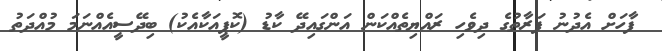
ފާހަށް އެދުނު ފަރާތުގެ ދިވެހި ރައްޔިތެއްކަން އަންގައިދޭ ކާޑު (ކޮޕީއަކާއެކު) ބިދޭސީއެއްނަމަ މުއްދަތު